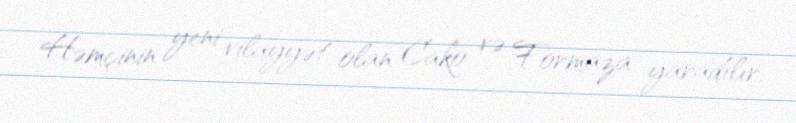
Həmçinin yeni vilayyət olan Cako və Formaza yaradılır.